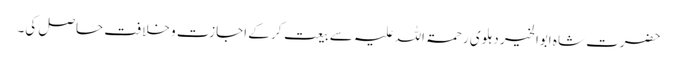
حضرت شاہ ابوالخیر دہلوی رحمۃ اللہ علیہ سے بیعت کر کے اجازت و خلافت حاصل کی۔